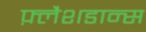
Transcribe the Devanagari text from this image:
फ़्लैशडान्स